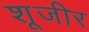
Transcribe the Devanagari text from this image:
शूजीर